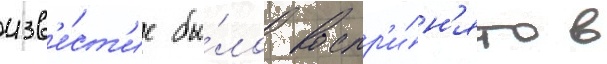
изв'е́ст'ие бы́ло воспр'и́н'ято в